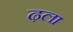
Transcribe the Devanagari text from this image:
ढ़ला